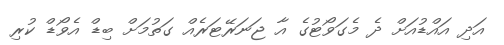
އަދި އައްޑުއަށް ދެ މެގަވޯޓުގެ އާ ޖަނަރޭޓަރެއް ގަތުމަށް ބިޑް އެވޯޑް ކުރި